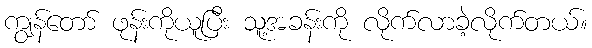
ကျွန်တော် ဖုန်းကိုယူပြီး သူ့အခန်းကို လိုက်လာခဲ့လိုက်တယ်။